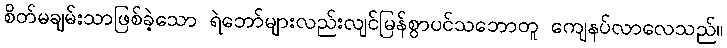
စိတ်မချမ်းသာဖြစ်ခဲ့သော ရဲဘော်များလည်းလျင်မြန်စွာပင်သဘောတူ ကျေနပ်လာလေသည်။